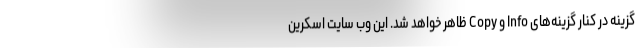
گزینه در کنار گزینه‌های Info و Copy ظاهر خواهد شد. این وب سایت اسکرین